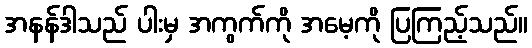
အနန်ဒါသည် ပါးမှ အကွက်ကို အမေ့ကို ပြကြည့်သည်။